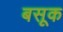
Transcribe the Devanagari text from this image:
बसूक